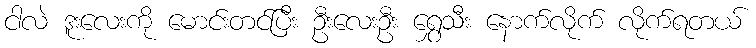
ငါလဲ ဒူးလေးကို မောင်းတင်ပြီး ဦးလေးဦး ရွှေသီး နောက်လိုက် လိုက်ရတယ်